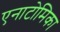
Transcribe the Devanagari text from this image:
एनाटोमिका